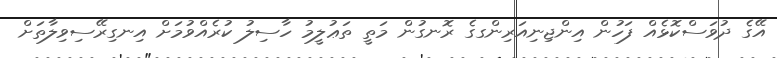
އޭގެ ދުވަސްކޮޅެއް ފަހުން އިންޖިނިއަރިންގގެ ރޮނގުން މަތީ ތަޢުލީމު ހާސިލު ކުރެއްވުމަށް އިނގިރޭސިވިލާތަށް